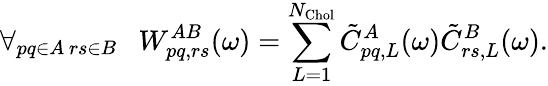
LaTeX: \forall_{\substack{pq\in A\, rs\in B}}\ \ \ W_{pq,rs}^{AB}(\omega)=\sum_{L=1}^{N_{\mathrm{Chol}}}\tilde{C}_{pq,L}^{A}(\omega)\tilde{C}_{rs,L}^{B}(\omega).